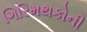
ગિરિમથકોની